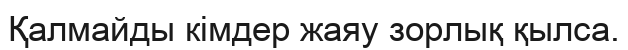
Қалмайды кімдер жаяу зорлық қылса.